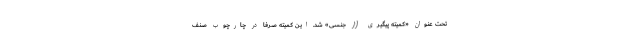
تحت عنوان «کمیته پیگیری آزار جنسی» شد. این کمیته صرفاً در چارچوب صنف